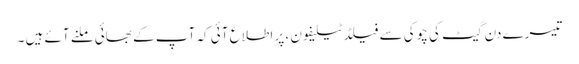
تیسرے دن گیٹ کی چوکی سے فیلڈ ٹیلیفون ، پر اطلاع آئی کہ آپ کے بھائی ملنے آئے ہیں ۔